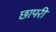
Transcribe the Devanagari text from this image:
छापरी